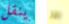
ينقل جرا